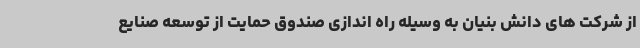
از شرکت های دانش بنیان به وسیله راه اندازی صندوق حمایت از توسعه صنایع